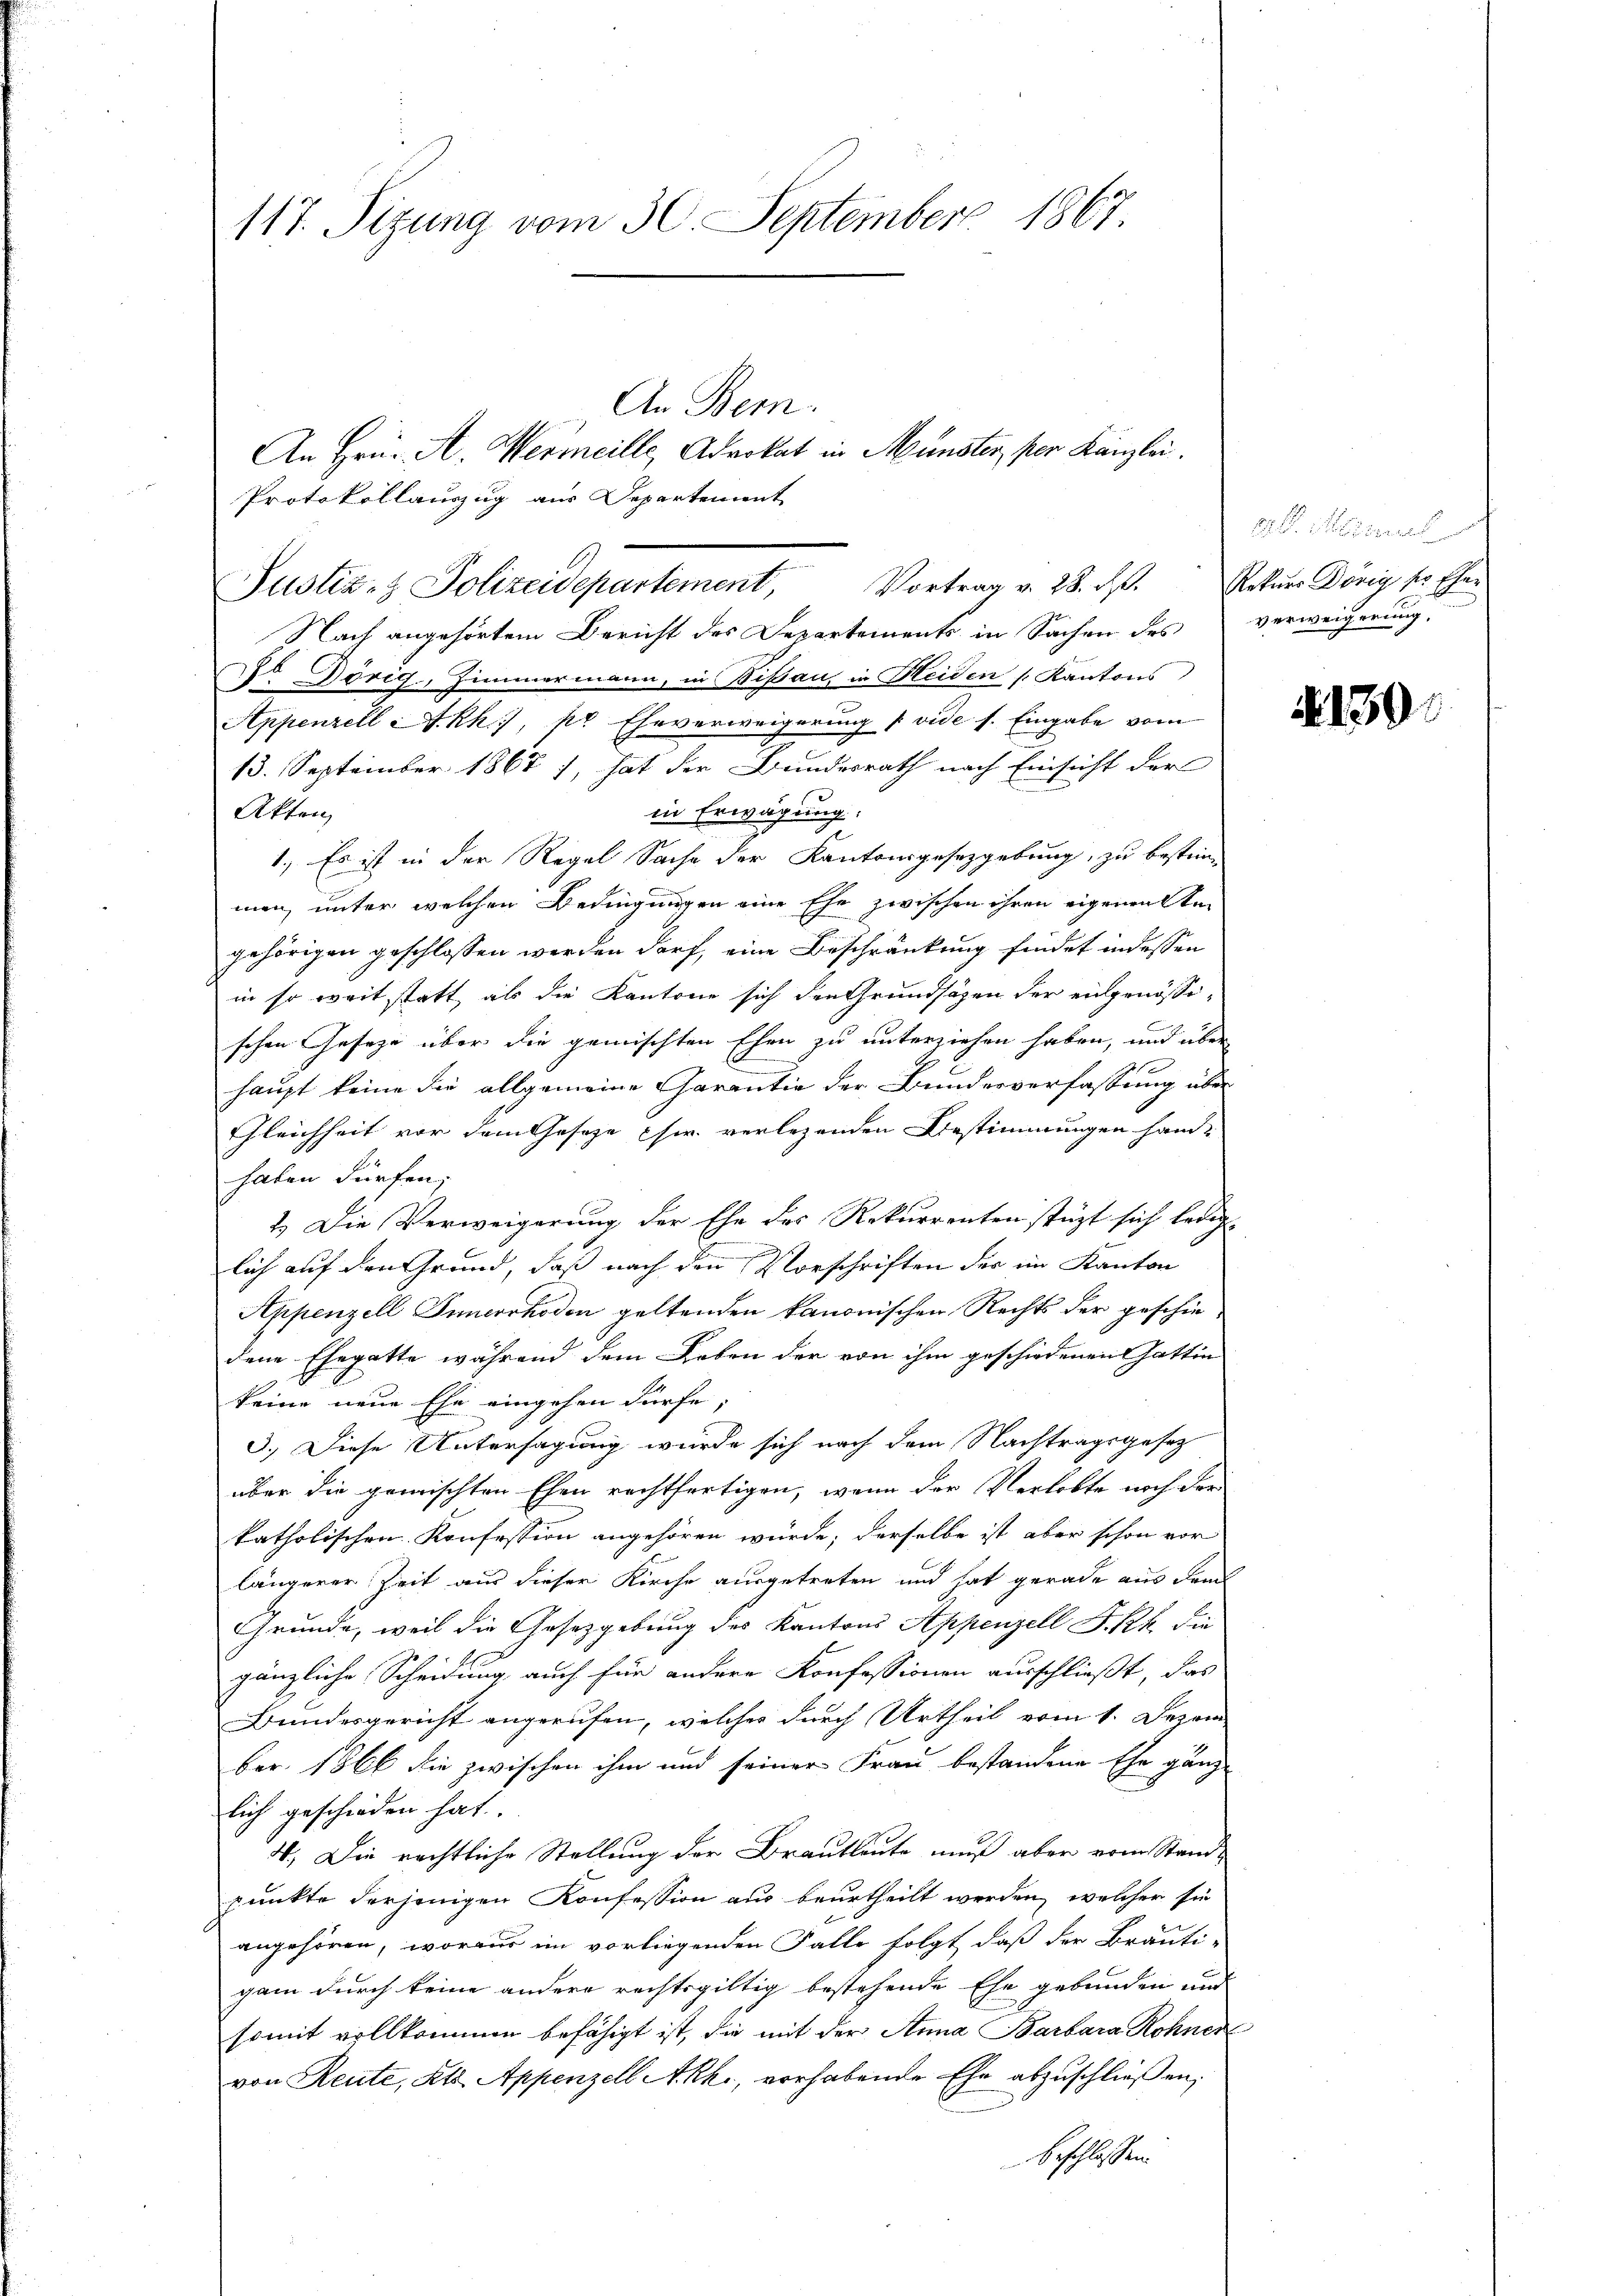
117. Sizung vom 30. September 1867

An Bern.
An Hrn. A. Wermeille, Advokat in Münster, per Kanzlei.
Protokollauszug aus Departement
Nach angehörtem Bericht des Departements in Sachen des verweigerung,
2o Dörig, Zimmermann, in Bisau, in Heiden Kantons
Appenzell A.Rh., pr Eheverweigerung (vide s. Eingabe vom
13. September 1867), hat der Bundesrath nach Einsicht der
in Erwägung:
Akten
1.) Es ist in der Regel Sache der Kantonsgesetzgebung, zu bestein-
men, unter welchen Bedingungen eine Ehe zwischen ihren eigenwalten
gehörigen geschlossen werden darf, eine Beschränkung findet in dessen
in so weit statt, als die Kantone sich den Grundsätzen der eidgenössi-
schen Geseze über die gemischten Ehen zu unterziehen haben, und über
haupt keine die allgemeine Garantie der Bundesverfassung über
Gleichheit vor dem Geseze chw. verlegenden Bestimmungen handhaben dürfen;
1.) Die Verweigerung der Ehe des Rekurrenten stüzt sich ledig
.
lich auf den Grund, daß nach den Vorschriften der im Kanton
Appenzell Innerrhoden geltenden kanonischen Rechts der geschiedene Ehegatte während dem Leben der von ihm geschiedenen Gattin
keine neue Ehe eingehen dürfe,
3.) Diese Untersagung wurde sich nach dem Nachtragsgesetz
über die gemischten Ehen rechtfertigen, wenn der Verlobte noch der
katholischen Konfession angehören würde; derselbe ist aber schon vor
längerer Zeit aus dieser Kirche ausgetreten und hat gerade aus dam
Grunde, weil die Gesetzgebung des Kantons Appenzell I.Rh. die
gänzliche Scheidung auch für andere Konfessionen ausschließt, das
Bundesgericht angerufen, welches durch Urtheil vom 1. Dezem
ber 1866 die zwischen ihm und seiner Frau bestandene Ehe gänz
lich geschieden hat.
4. Die rechtliche Stellung der Brautleute muß aber vom Standpunkte derjenigen Konfession aus beurtheilt werden, welcher sie
angehören, woraus im vorliegenden Falle folgt, daß der Bräuti-
gan durch keine andere rechtsgültig bestehende Ehe gebunden und
somit vollkommen befähigt ist, die mit der Anna Barbara Rohner
von Reute, Kts. Appenzell A.Rh., vorhabende Ehe abzuschließen,
beschlossen.

Justiz- & Polizeidepartement, Vortrag v. 28. d. Rekurs Dönig sr. Eher

lignet

2139.